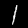
Label: 1